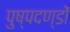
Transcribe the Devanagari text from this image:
पुष्पदण्डों